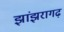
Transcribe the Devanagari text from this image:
झांझरागढ़